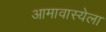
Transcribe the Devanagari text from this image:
आमावास्येला